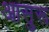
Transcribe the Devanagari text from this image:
आसुरू